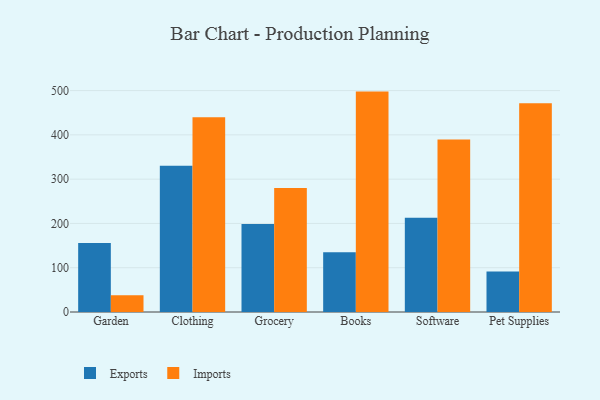
{"axis": {"x": "Category", "y": "Satisfaction Score"}, "legend": ["Exports", "Imports"], "data": [{"x": "Garden", "y": 155.7, "type": "Exports"}, {"x": "Garden", "y": 37.6, "type": "Imports"}, {"x": "Clothing", "y": 330.2, "type": "Exports"}, {"x": "Clothing", "y": 439.8, "type": "Imports"}, {"x": "Grocery", "y": 199.0, "type": "Exports"}, {"x": "Grocery", "y": 279.9, "type": "Imports"}, {"x": "Books", "y": 134.9, "type": "Exports"}, {"x": "Books", "y": 497.7, "type": "Imports"}, {"x": "Software", "y": 212.9, "type": "Exports"}, {"x": "Software", "y": 389.4, "type": "Imports"}, {"x": "Pet Supplies", "y": 91.4, "type": "Exports"}, {"x": "Pet Supplies", "y": 471.4, "type": "Imports"}]}